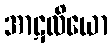
အာဋလိယော